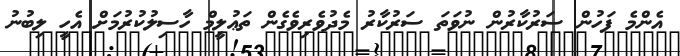
އެންމެ ފަހުން ސަރުކާރުން ނުވަތަ ސަރުކާރު މެދުވެރިވެގެން ތަޢުލީމް ހާސިލުކުރުމަށް އެހީ ލިބުނު